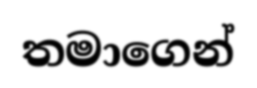
තමාගෙන්